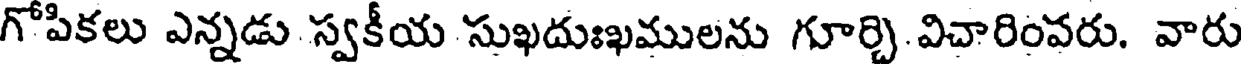
గోపికలు ఎన్నడు స్వకీయ సుఖదుఃఖములను గూర్చి విచారింవరు. వారు